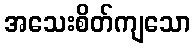
အသေးစိတ်ကျသော